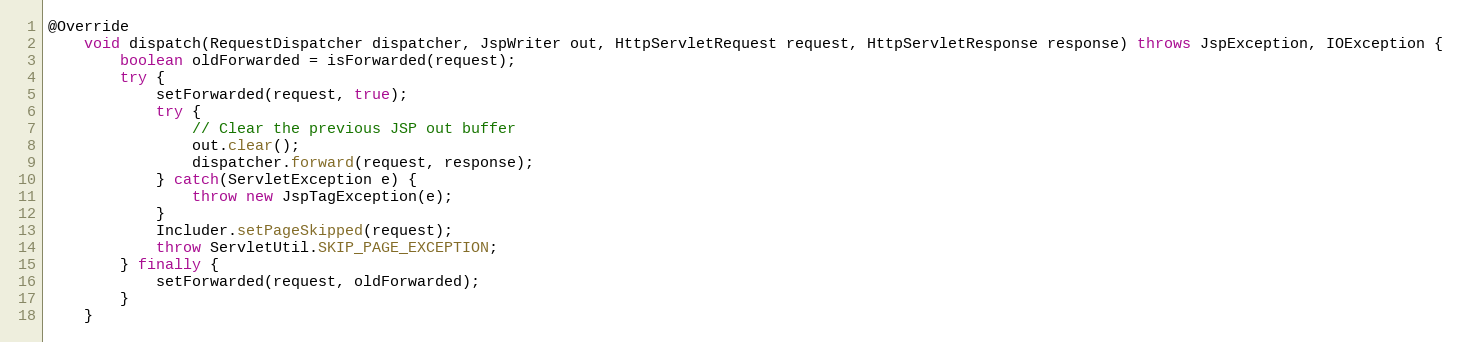
Language: Java
@Override
	void dispatch(RequestDispatcher dispatcher, JspWriter out, HttpServletRequest request, HttpServletResponse response) throws JspException, IOException {
		boolean oldForwarded = isForwarded(request);
		try {
			setForwarded(request, true);
			try {
				// Clear the previous JSP out buffer
				out.clear();
				dispatcher.forward(request, response);
			} catch(ServletException e) {
				throw new JspTagException(e);
			}
			Includer.setPageSkipped(request);
			throw ServletUtil.SKIP_PAGE_EXCEPTION;
		} finally {
			setForwarded(request, oldForwarded);
		}
	}